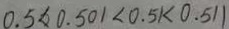
0 . 5 < 0 . 5 0 1 < 0 . 5 1 < 0 . 5 1 1